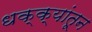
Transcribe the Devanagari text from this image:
धक्क्यांतून